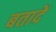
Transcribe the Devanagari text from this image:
बतादें